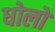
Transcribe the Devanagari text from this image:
धोलो